King Institute of Preventive Medicine Micro-Biological Section reports 1909-11
Year: 1909
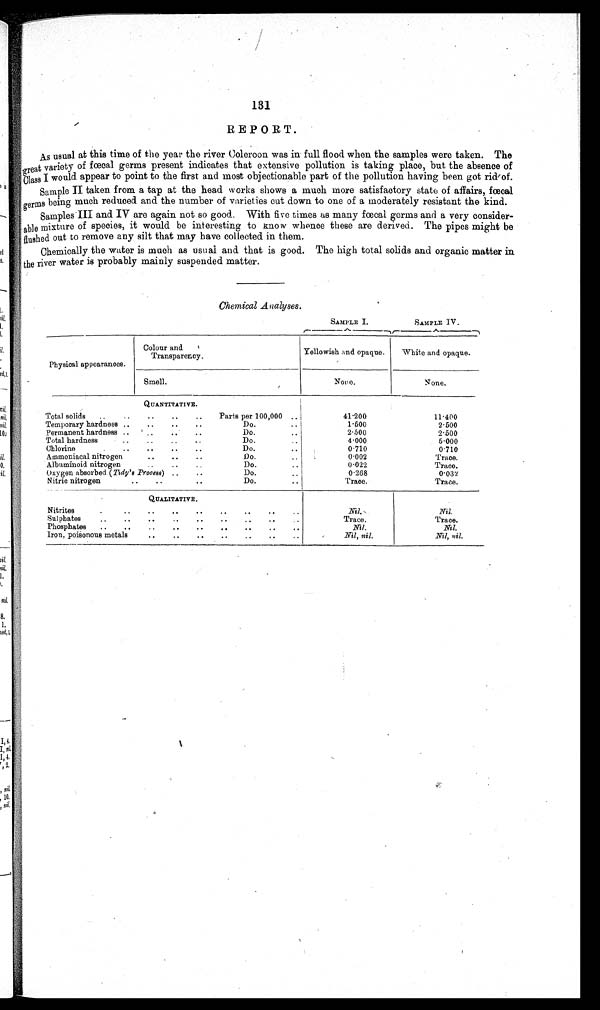
131
REPORT.
As usual at this time of the year the river Coleroon was in full flood when the samples were taken. The
:Treat variety of foecal germs present indicates that extensive pollution is taking place, but the absence of
'Class I would appear to point to the first and most objectionable part of the pollution having been got rid,' of.
Sample II taken from a tap at the head works shows a much more satisfactory state of affairs, faecal
being
reduced and the number of varieties cut down to one of a moderately resistant the kind.
germs
g
Samples . III and IV are again not so good. With five times a3 many faecal germs and a very consider-
able mixture of species, it would be interesting to Know whence these are derived. The pipes might be
flushed out to remove any silt that may have collected in them.
Chemically the water is much as usual and. that is good. The high total solids and organic matter in
the river water is probably mainly suspended matter.
L.
Chemical Analyses.
qii,
SAMPLE I.
SAMPLE IV.
3,
Colour and.
Transparency.
Yellowish and opaque.
White and opaque.
Ta
Physical appearances.
ed, L
Smell.
None.
None.
QUANTITATIVE.
nil,
nil,
Total solids
..
Temporary hardness
Parts per 100,000
Do.
41 . 200
11-400
1 . 500
2.500
Permanent hardness
. .
Do.
2 . 500
2.500
Total hardness
Do.
4 . 000
.5.000
Chlorine
. .
Do.
0 . 710
0'710
ii,
0.
Arnmoniacal nitrogen
Albuminoid nitrogen
Do.
Do.
0 . 002
Trace.
0 . 022
Trace.
Oxygen absorbed (Tidy's Process)
Do.
0 . 268
0.03'1
Nitric nitrogen
Do.
Trace.
Trace.
QUALITATIVE.
Nitrites
Sulphates
. .
Nil.,
Trace.
Nil.
Trace.
Phosphates
. .
. .
Nil.
Nil.
Iron, poisonous metals
.
Nil, nil.
Nil, nil.
8.
1,
ied, L
I, nil.
1,4.
I
s
s,